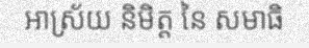
ឤស្រ័យ និមិត្ត នៃ សមាធិ